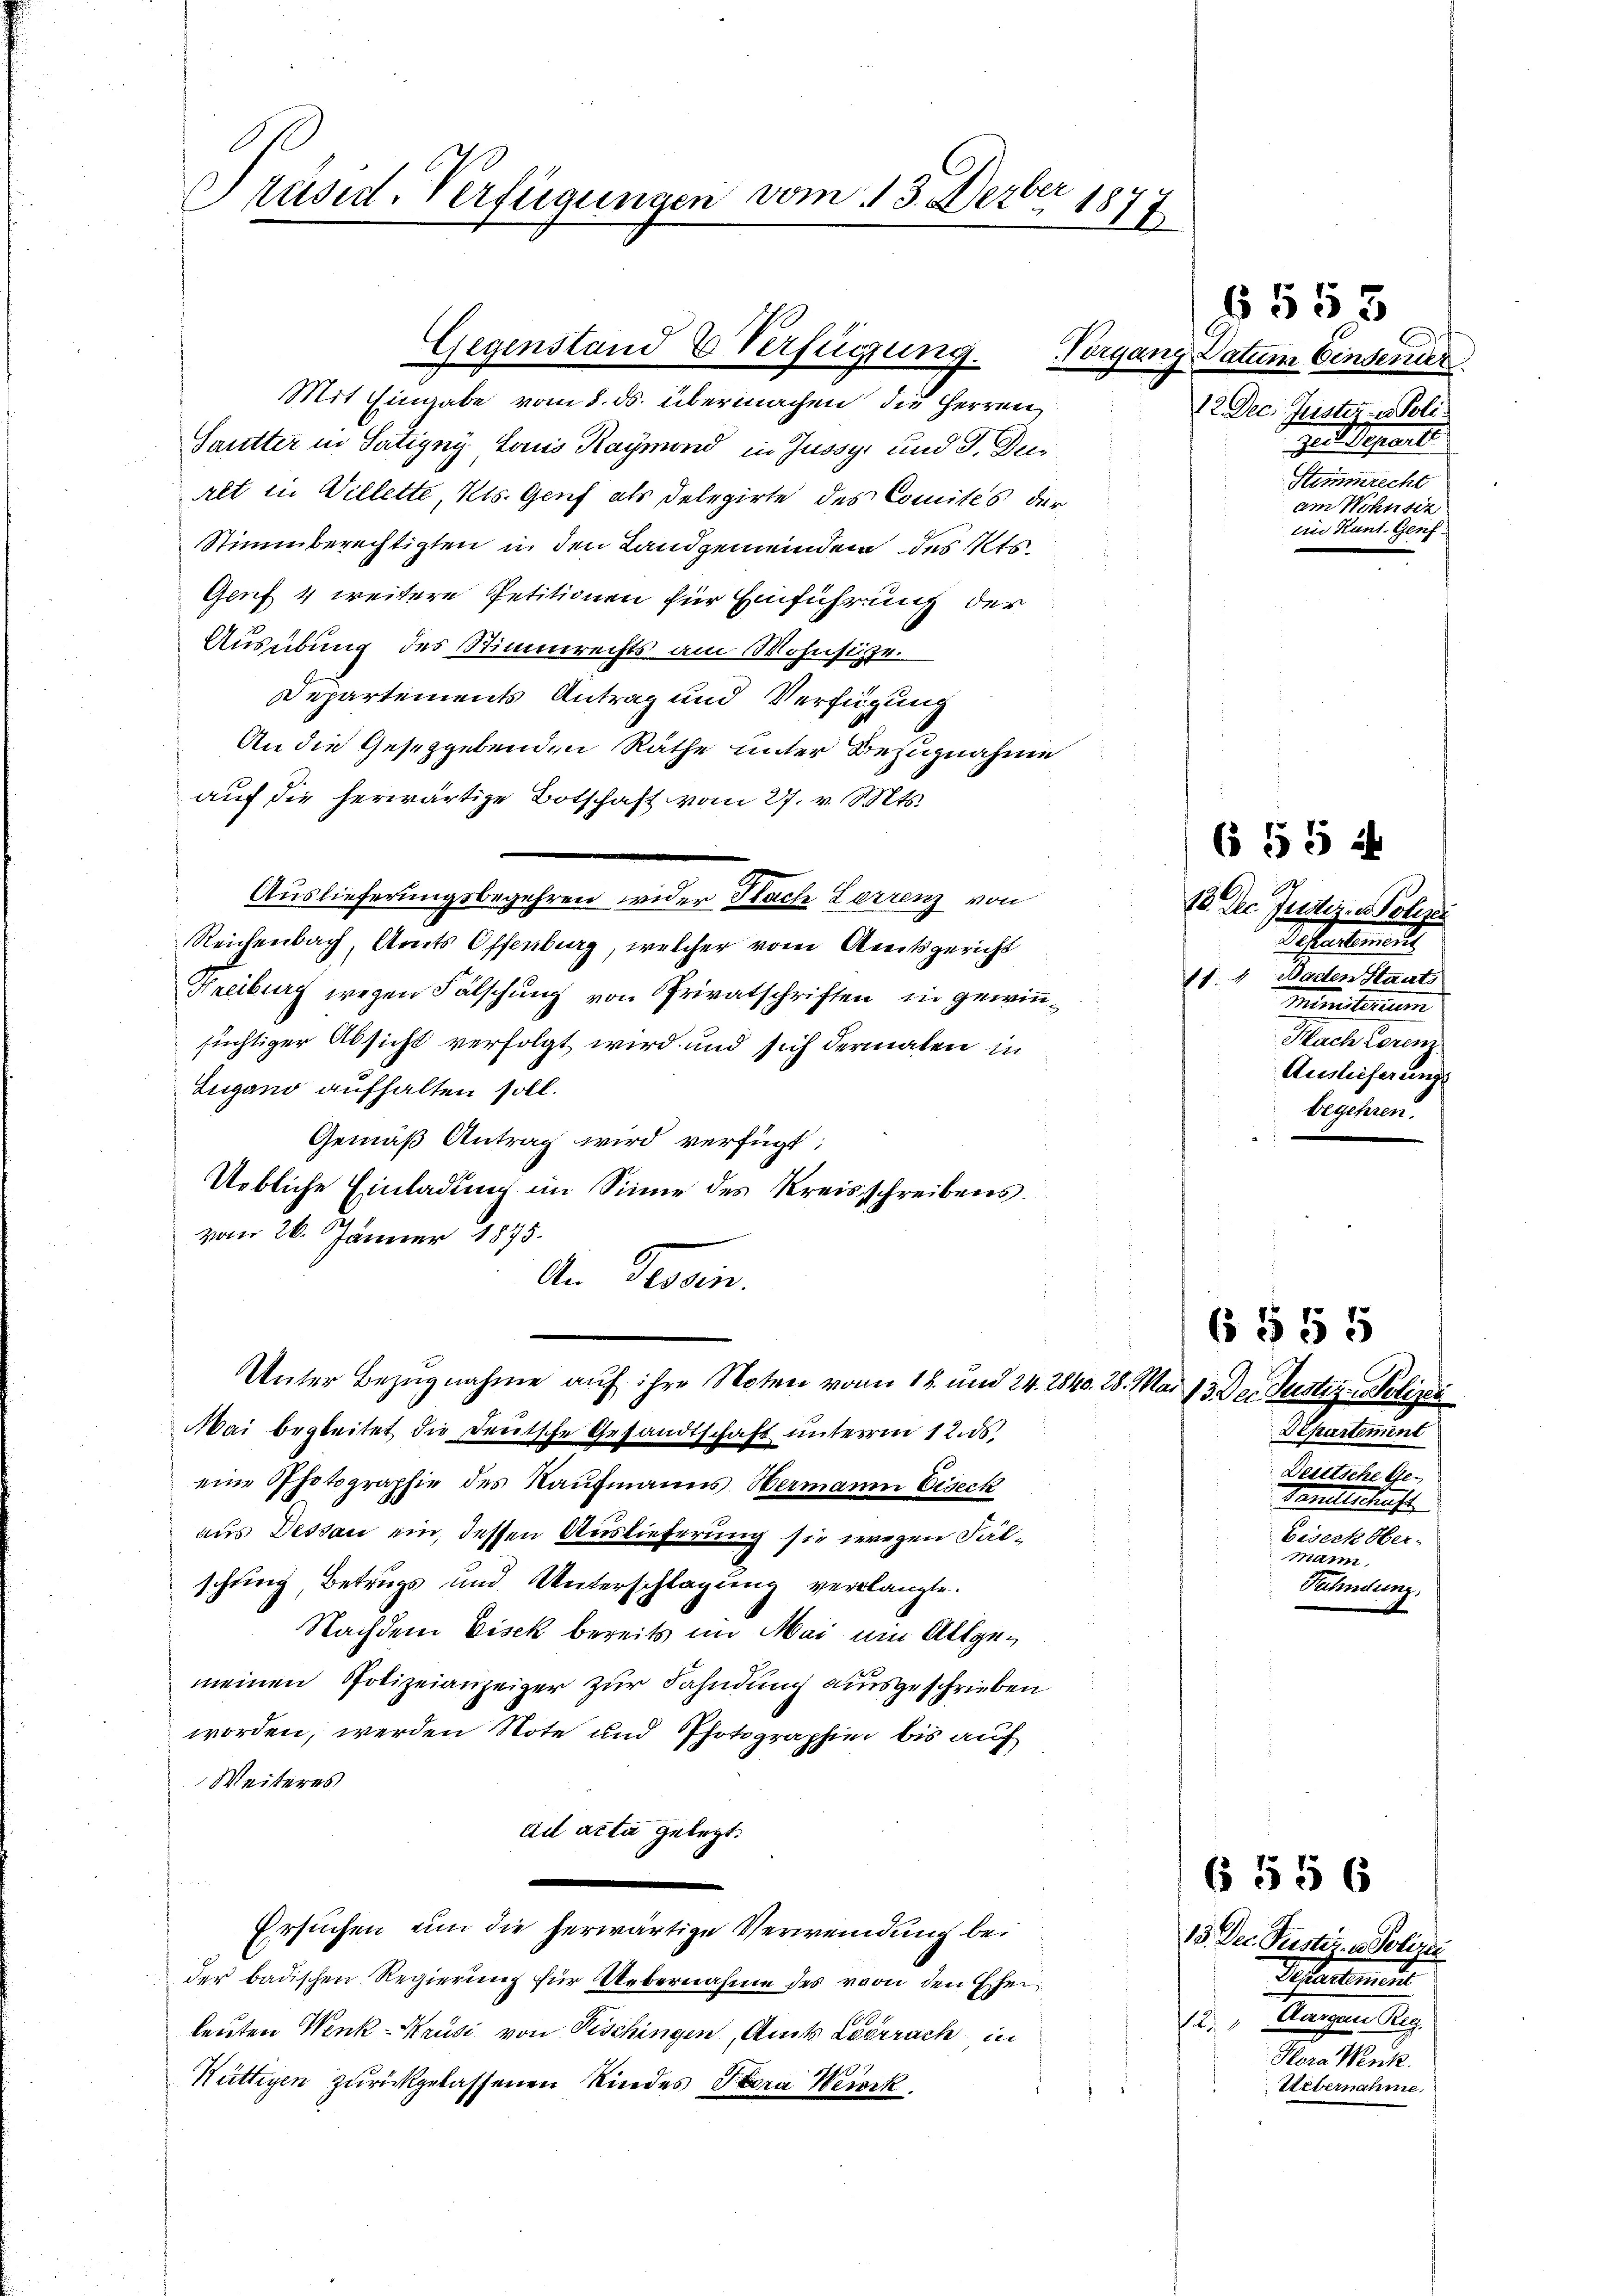
bet
Präsid. Verfügungen vom 13. Dez. 1877

Gegenstand & Verfügung.

Mit Eingabe vom 8. ds. übermachen die Herren
Sautter in Satigny Louis Raymond in Jussyi und 3. Der
alt in Villette, Kts. Genf als Delegirte des Comités der
Stimmberechtigten in den Landgemeindem des Kts.
Genf 4 weitere Petitionen für Einführung der
Ausübung des Stimmrechts am Wohnsitze.
Departements Antrag und Verfügung
An die Gesetzgebenden Räthe unter Bezugnahme
auf die herwärtige Botschaft vom 27. v. Mts.
Auslieferungsbegehren wider Nach Lerrenz von
Reichenbach, Amts Offenburg, welcher vom Areitsgericht
Freiburg wegen Fälschung von Privatschriften, in gewinsüchtiger Absicht verfolgt wird und sich dermalen in
Lugano aufhalten soll.
Gemäß Antrag wird verfügt:
Uebliche Einladung im Sinne des Kreisschreibensvom 26. Jänner 1875.
An Provin.
Unter Bezugnahme auf ihre Noten von 18. und 24. 2840. 28. Mai 13. Der Justiz - Polizei
Mai begleitet die Deutsche Gesandtschaft unterm 12. ds.
eine Photographie des Kaufmanns Hermanni Eiseck
aus Dessau ein, dessen Auslieferung sie wegen Fälschung, Betrugs und Unterschlagung verlangte.
Nachdem Eisck bereits im Mai ein Allgemeinen Polizeianzeiger zur Fahndung ausgeschrieben
worden, werden Note und Photographie bis auf
Weiteres
ad acta gelegt.

.
Ersuchen um die herwärtige Verwendung beder badischen Regierung für Uebernahme des von den Eherleuten Wenk-Krusi von Fischingen, Amts Lederach in
Wüttigen zurückgelassenen Kindes Sara Weierk

Vorgang Datum Einsender
12 Dec. Justiz- & Poli¬
 zur Departi
Stimmrecht
am Wohnsiz
ein Kunt. Genf.

18 Dec. Justiz-Polize
Testaltend.
11. 1. Baden Staats
ministerium
Mach Lorenz
Auslieferung
begehren.

6 § 55
Departement
Deretsche Ge¬
Sanitschicks
Biseck Her-
12
Wühndung.

6553

655 4

§ 556

13. Dec. Justiz- u. Polizei
Ichartemen
Tangen Sieg
2
Hlora Wenk.
Uebernahme.